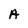
Character: A